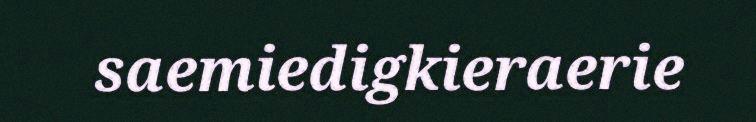
saemiedigkieraerie